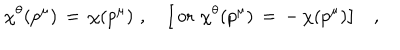
\chi ^ { \theta } ( p ^ { \mu } ) \, = \, \chi ( p ^ { \mu } ) \, \, , \quad \big [ \, \mathrm { o r } \, \, \chi ^ { \theta } ( p ^ { \mu } ) \, = \, - \, \chi ( p ^ { \mu } ) \big ] \quad ,